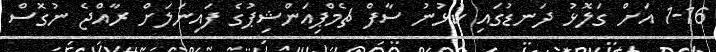
1-16 އަށް ގަލޮޅު ދަނޑުގައި ކުޅުނު ސާފް ޗެމްޕިއަންޝިޕުގެ ފައިނަލަށް ރާއްޖެ ނުގޮސް